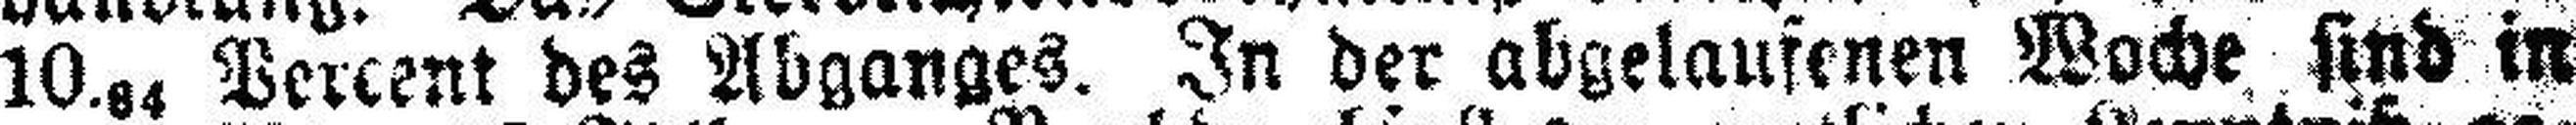
10.### Vercent des Abganges. In der abgelaufenen Woche sind in